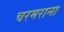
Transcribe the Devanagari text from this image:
चरमराना